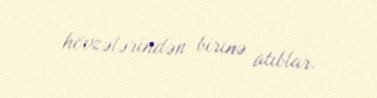
hövzələrindən birinə atıblar.